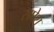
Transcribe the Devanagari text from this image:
सप्रेश